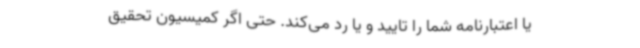
یا اعتبارنامه شما را تایید و یا رد می‌کند. حتی اگر کمیسیون تحقیق